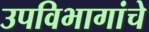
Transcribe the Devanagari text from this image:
उपविभागांचे